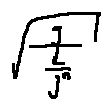
\sqrt { \frac { g } { \frac { L } { j ^ { n } } } }